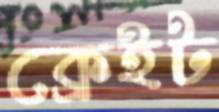
ক্রেইট